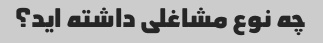
چه نوع مشاغلی داشته اید؟